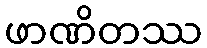
ဖာဏိတဿ